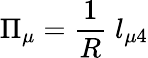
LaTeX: \Pi_{\mu}=\frac{1}{R}\; l_{\mu 4}